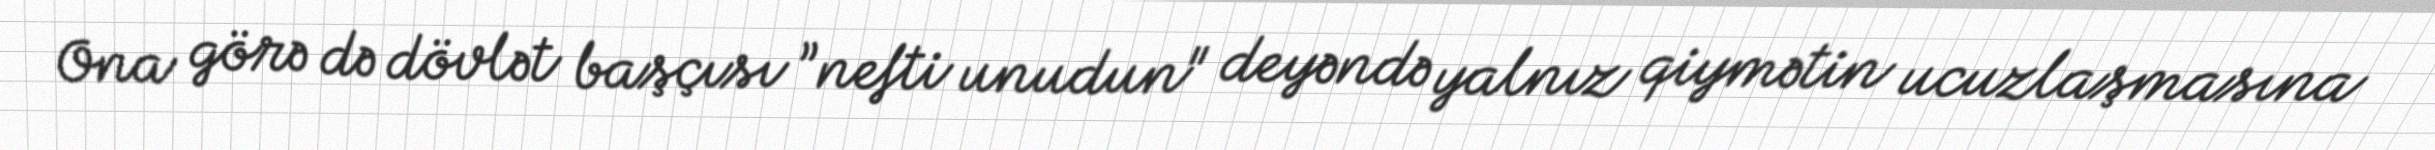
Ona görə də dövlət başçısı ”nefti unudun" deyəndə yalnız qiymətin ucuzlaşmasına